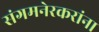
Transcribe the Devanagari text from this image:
संगमनेरकरांना